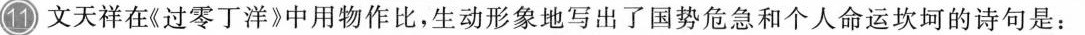
11 文天祥在《过零丁洋》中用物作比，生动形象地写出了国势危急和个人命运坎坷的诗句是：